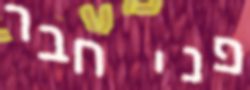
פני חבר